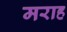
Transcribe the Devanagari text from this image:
मराह